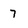
Character: 7